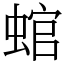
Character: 䗆